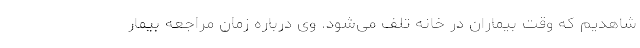
شاهدیم که وقت بیماران در خانه تلف می‌شود. وی درباره زمان مراجعه بیمار